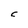
Character: C